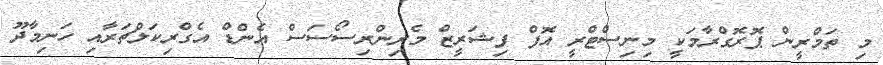
މި ތަމްރީން ޕޮރޮގްރާމަކީ މިނިސްޓްރީ އޮފް ފިޝަރީޒް މެރިންރިސޯސަސް އެންޑް އެގްރިކަލްޗަރާއި ހަނިމާދޫ